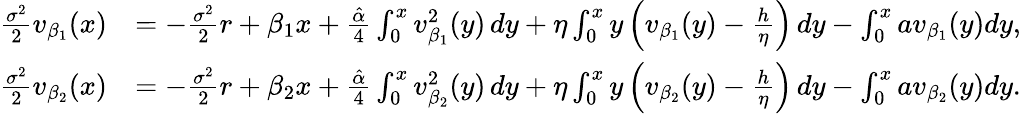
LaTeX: \begin{array}{rl}{\frac{\sigma^{2}}{2}v_{\beta_{1}}(x)}&{=-\frac{\sigma^{2}}{2}r+\beta_{1}x+\frac{\hat{\alpha}}{4}\int_{0}^{x}v_{\beta_{1}}^{2}(y)\, dy+\eta\int_{0}^{x}y\left(v_{\beta_{1}}(y)-\frac{h}{\eta}\right)\, dy-\int_{0}^{x}av_{\beta_{1}}(y)dy,}\\ {\frac{\sigma^{2}}{2}v_{\beta_{2}}(x)}&{=-\frac{\sigma^{2}}{2}r+\beta_{2}x+\frac{\hat{\alpha}}{4}\int_{0}^{x}v_{\beta_{2}}^{2}(y)\, dy+\eta\int_{0}^{x}y\left(v_{\beta_{2}}(y)-\frac{h}{\eta}\right)\, dy-\int_{0}^{x}av_{\beta_{2}}(y)dy.}\end{array}